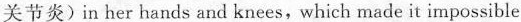
关节炎)in her hands and knees,which made it impossible